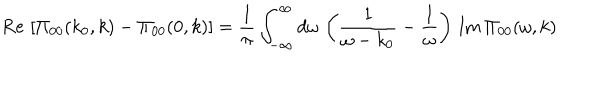
\mathrm { R e } \, \left[ \Pi _ { 0 0 } ( k _ { 0 } , k ) - \Pi _ { 0 0 } ( 0 , k ) \right] = { \frac { 1 } { \pi } } \int _ { - \infty } ^ { \infty } d \omega \, \left( { \frac { 1 } { \omega - k _ { 0 } } } - { \frac { 1 } { \omega } } \right) \, \mathrm { I m } \, \Pi _ { 0 0 } ( \omega , k )